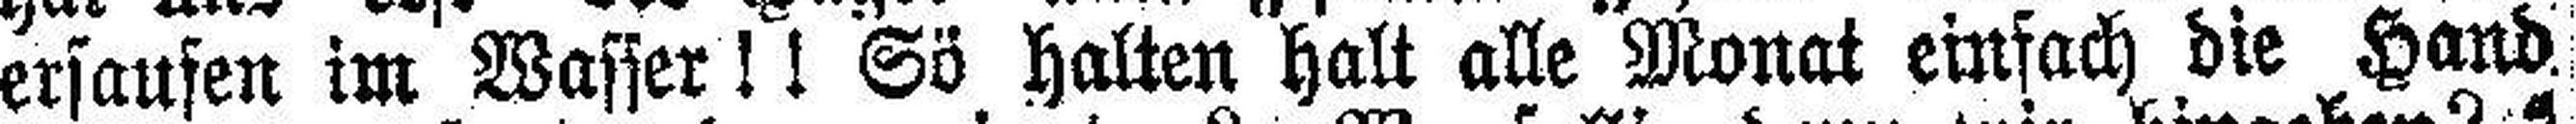
ersaufen im Wasser!! Sö halten hall alle Monat einfach die Hand